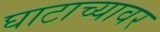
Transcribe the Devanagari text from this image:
घाटाच्यावर